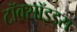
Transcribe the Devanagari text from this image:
टॉक्सॉइड्स